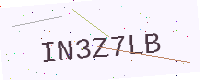
Text: IN3Z7LB